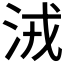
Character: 𣴛